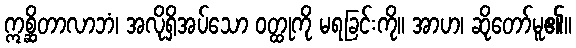
ဣစ္ဆိတာလာဘံ၊ အလိုရှိအပ်သော ဝတ္ထုကို မရခြင်းကို။ အာဟ၊ ဆိုတော်မူ၏။